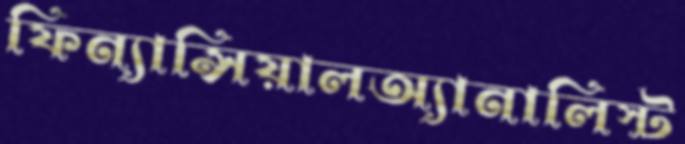
ফিন্যান্সিয়ালঅ্যানালিস্ট